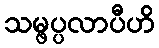
သမ္ဖပ္ပလာပီဟိ